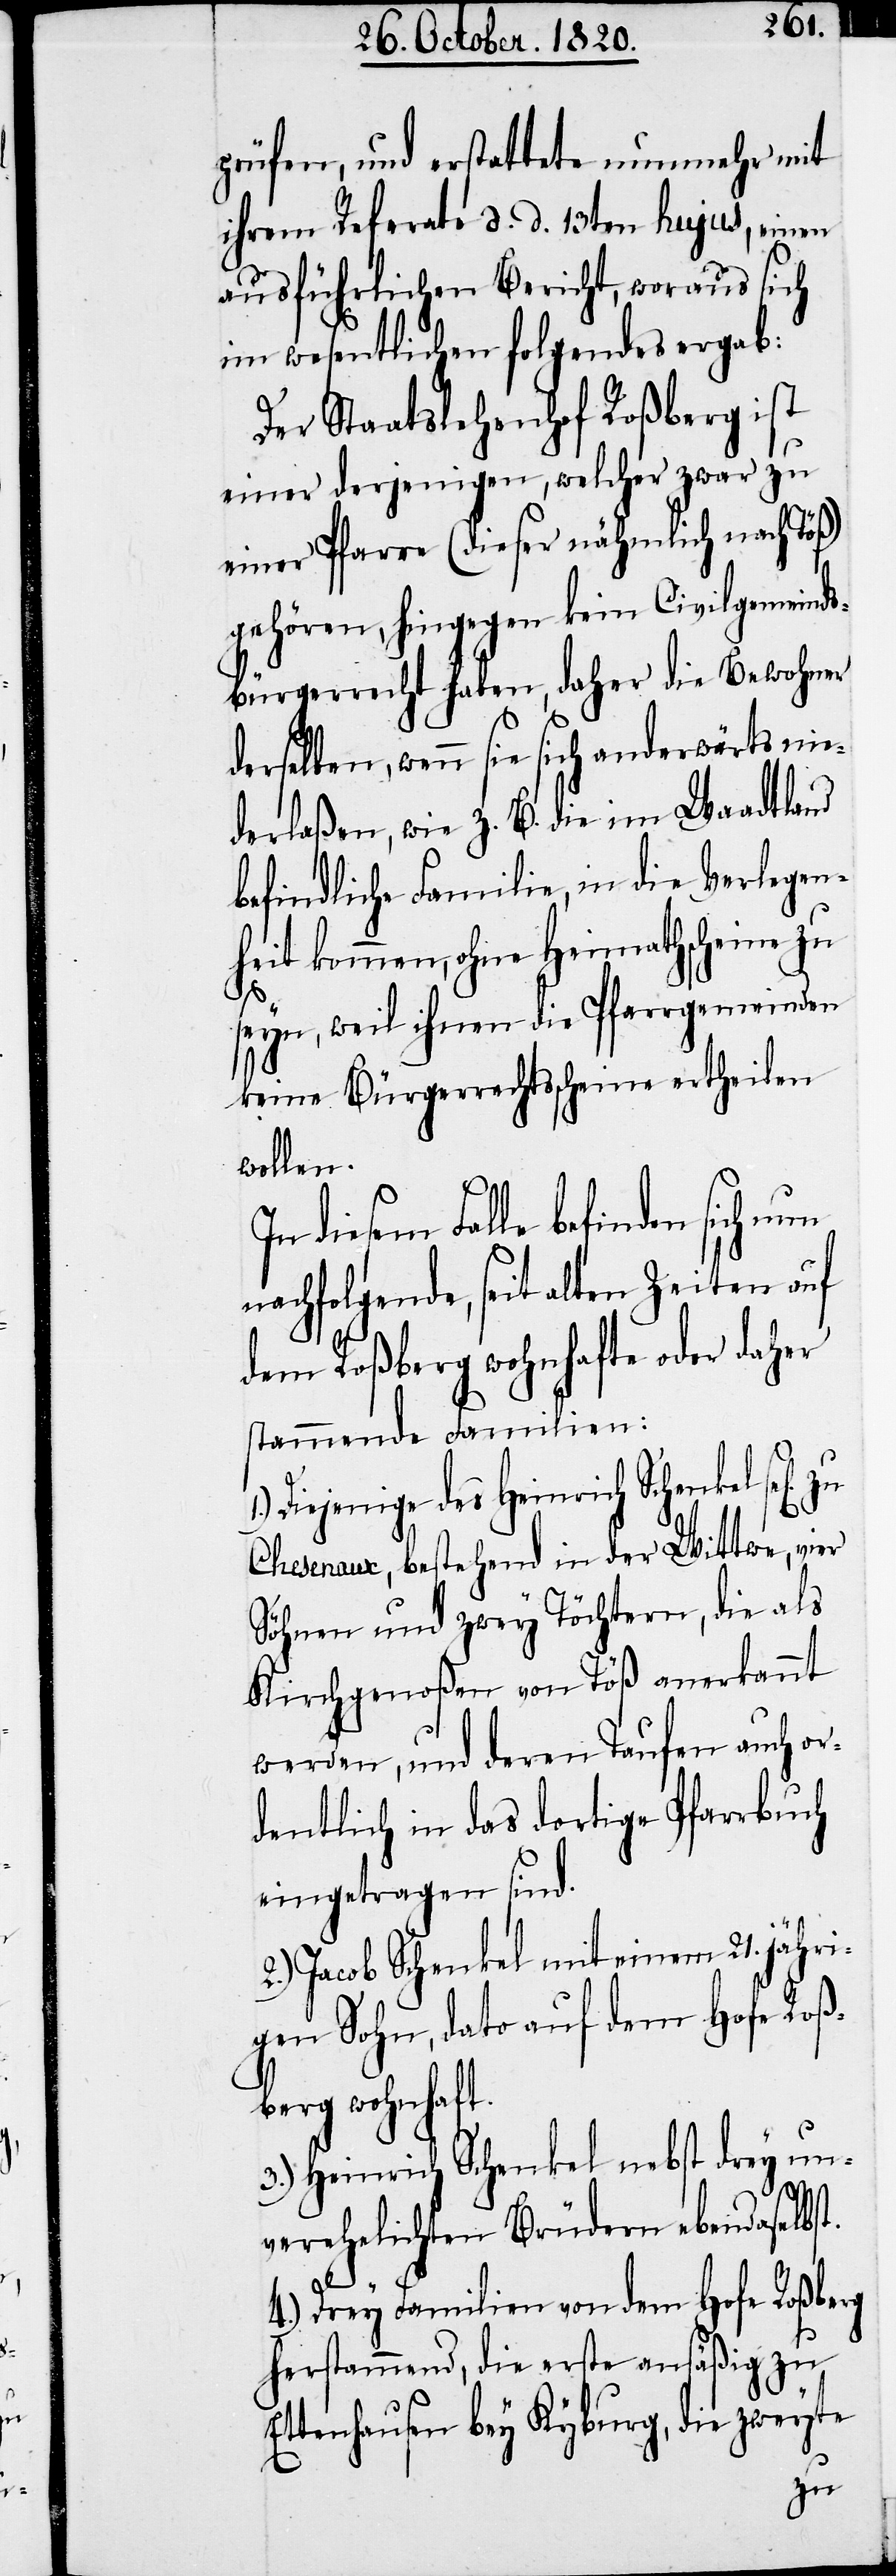
prüfen, und erstattete nunmehr mit
ihrem Referate d. d. 13ten hujus, einen
ausführlichen Bericht, woraus sich
im wesentlichen folgendes ergab:
Der Staatslehenshof Roßberg ist
einer derjenigen, welcher zwar zu
einer Pfarre (dieser nähmlich nach Töß)
gehören, hingegen kein Civilgemeinds¬
bürgerrecht haben, daher die Bewohner
derselben, wenn sie sich anderwärts nie¬
derlaßen, wie z. B. die im Waadtland
befindliche Familie, in die Verlegen¬
heit kommen, ohne Heimathscheine zu
seyn, weil ihnen die Pfarrgemeinden
keine Bürgerrechtsscheine ertheilen
wollen.
diesem Falle befinden sich nun
nachfolgende, seit allen Zeiten auf
dem Roßberg wohnhafte oder daher
stammende Familien:
Diejenige des Heinrich Schenkel
Chesenaux, bestehend in der Wittwe, vier
Söhnen und zwey Töchtern, die als
Kirchgenoßen von Töß anerkannt
werden, und deren Taufen auch or¬
dentlich in das dortige Pfarrbuch
eingetragen sind.
2.) Jacob Schenkel mit einem 21jähri¬
gen Sohn, dato auf dem Hofe Roß¬
berg wohnhaft.
3.) Heinrich Schenkel nebst drey un¬
verehelichten Brüdern ebendaselbst.
4.) Drey Familien von dem Hofe Roßberg
herstammend, die erste ansäßig zu
Ettenhausen bey Kyburg, die zweyte
zu